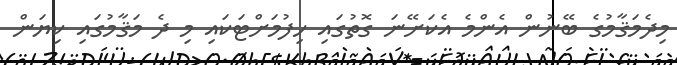
މިދެމަޤާމުގެ ބޭނުން އެންމެ އެކަށޭނަ ގޮތުގައި ހިފުމަށްޓަކައި މި ދެ މަޤާމުގައި ކިޔަން